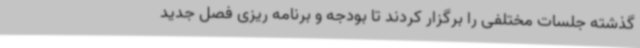
گذشته جلسات مختلفی را برگزار کردند تا بودجه و برنامه ریزی فصل جدید